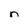
Character: n